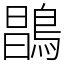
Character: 𪂇